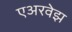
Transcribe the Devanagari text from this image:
एअरवेझ